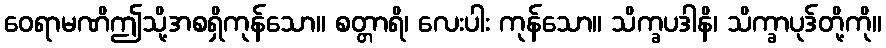
ဝေရာမဏိဤသို့အစရှိကုန်သော။ စတ္တာရိ၊ လေးပါး ကုန်သော။ သိက္ခပဒါနိ၊ သိက္ခာပုဒ်တို့ကို။